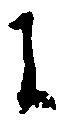
に